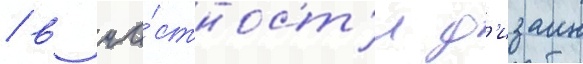
/ в ча́стност'и д'изаин